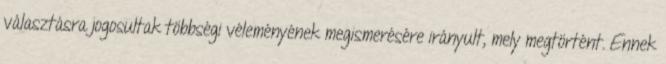
választásra jogosultak többségi véleményének megismerésére irányult, mely megtörtént. Ennek